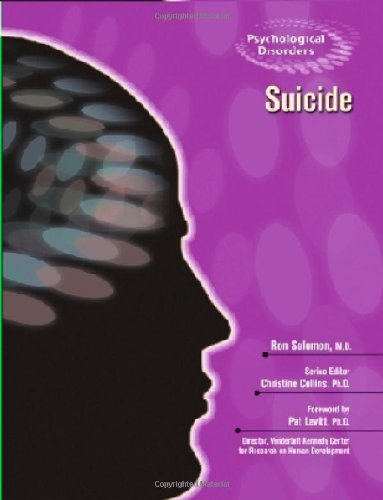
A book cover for Suicide (Psychological Disorders); Ron, M.D. Salomon; Teen & Young Adult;